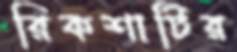
রিকশাটির